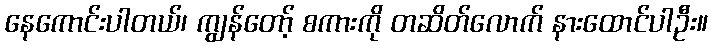
နေကောင်းပါတယ်၊ ကျွန်တော့် စကားကို တဆိတ်လောက် နားထောင်ပါဦး။